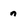
Character: n